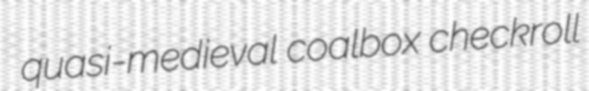
quasi-medieval coalbox checkroll